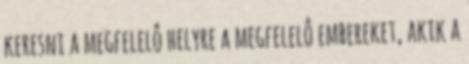
keresni a megfelelô helyre a megfelelô embereket, akik a